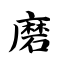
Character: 磨